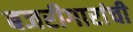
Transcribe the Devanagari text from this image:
बजरीगारांची